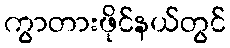
ကွာတားဖိုင်နယ်တွင်